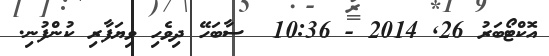
އޮކްޓޯބަރު 26